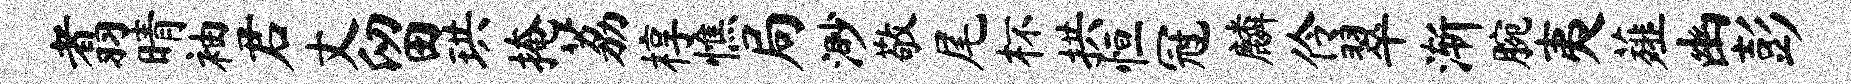
翥晴袖君丈留珙掩荔椁憔局渺敬尾杯拱恒冠麟伶翠渐腕夷薤幽彭